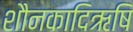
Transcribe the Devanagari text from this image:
शौनकादिऋषि